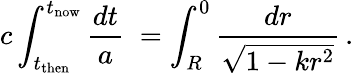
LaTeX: c\int_{t_{\mathrm{then}}}^{t_{\mathrm{now}}}{\frac{dt}{a}}\; =\int_{R}^{0}{\frac{dr}{\sqrt{1-kr^{2}}}}\, .